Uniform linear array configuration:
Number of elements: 16
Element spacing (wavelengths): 0.75
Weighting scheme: kaiser
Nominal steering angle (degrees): -60
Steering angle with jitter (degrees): -59.714
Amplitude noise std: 0.05
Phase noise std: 0.05

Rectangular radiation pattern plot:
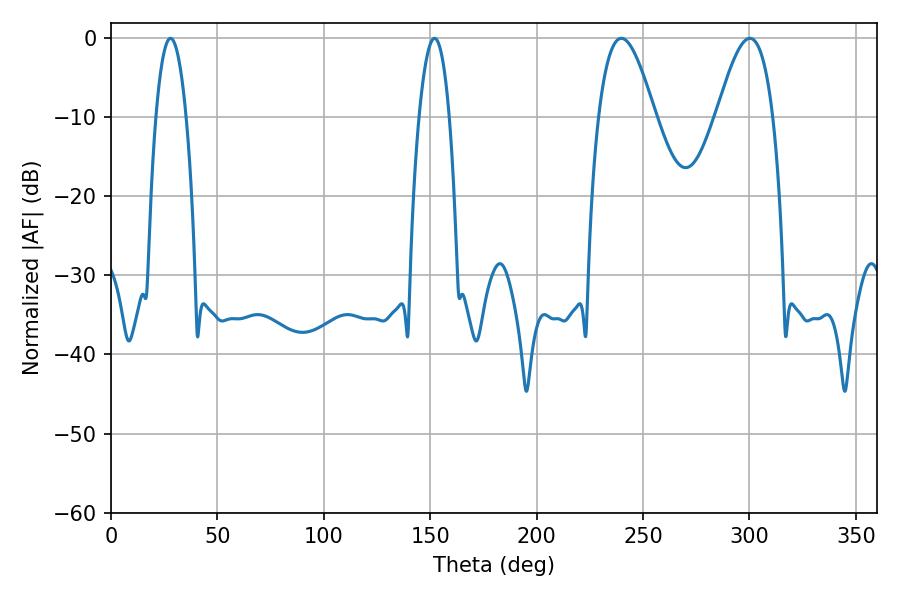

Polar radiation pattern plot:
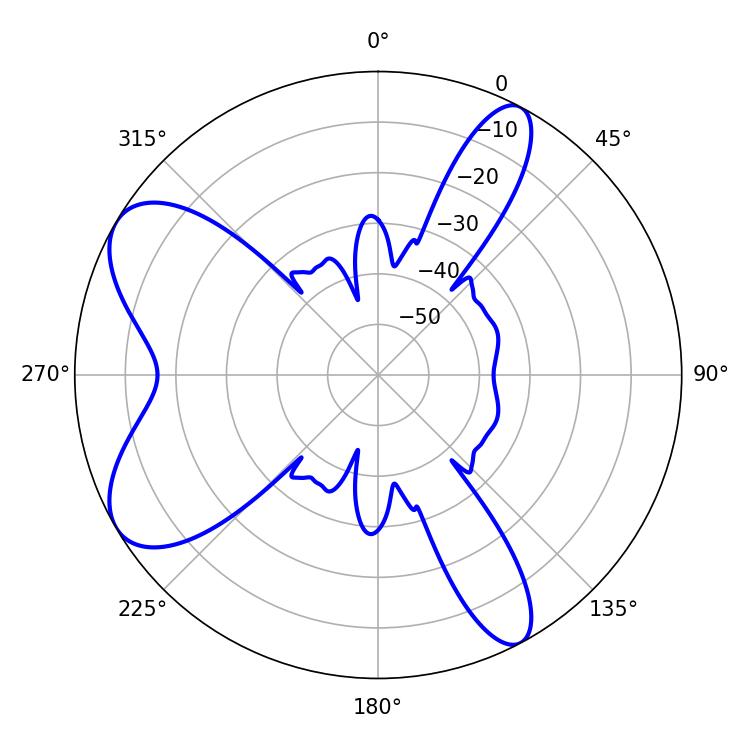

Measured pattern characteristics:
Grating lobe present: TRUE
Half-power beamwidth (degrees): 14.4
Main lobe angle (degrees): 239.76